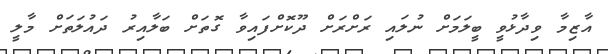
އާޒިމާ ވިދާޅުވީ ބީލަމަށް ނުލައި ރަށްރަށް ދޫކޮށްފައިވާ ގޮތަށް ބަލާއިރު ދައުލަތަށް މާލީ